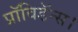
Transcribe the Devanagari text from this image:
प्रॉविडॅन्स।